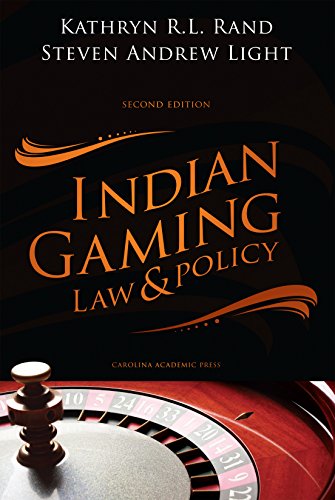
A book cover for Indian Gaming Law and Policy, Second Edition; Kathryn R.L. Rand; Law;